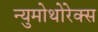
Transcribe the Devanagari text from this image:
न्युमोथोरेक्स